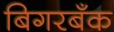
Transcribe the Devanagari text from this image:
बिगरबँक